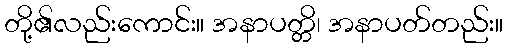
တို့၏လည်းကောင်း။ အနာပတ္တိ၊ အနာပတ်တည်း။